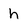
Character: h